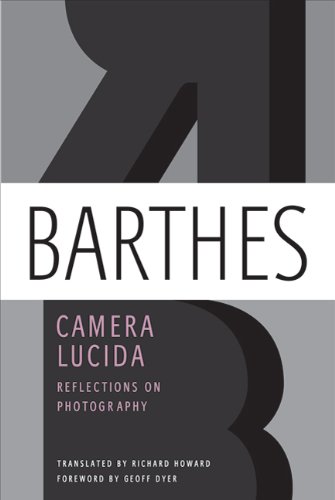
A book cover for Camera Lucida: Reflections on Photography; Roland Barthes; Literature & Fiction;